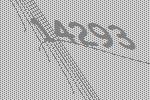
14293